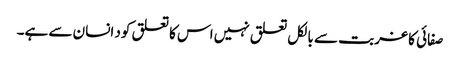
صفائی کا غربت سے بالکل تعلق نہیں اس کا تعلق کود انسان سے ہے۔